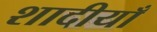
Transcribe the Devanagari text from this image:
शादीयाँ